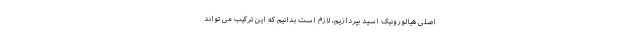
اصلی هیالورونیک اسید بپردازیم، لازم است بدانیم که این ترکیب می تواند